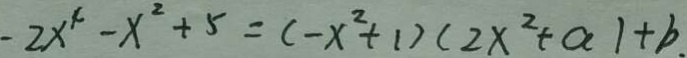
- 2 x ^ { 4 } - x ^ { 2 } + 5 = ( - x ^ { 2 } + 1 ) ( 2 x ^ { 2 } + a ) + b .